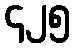
၄၂၅